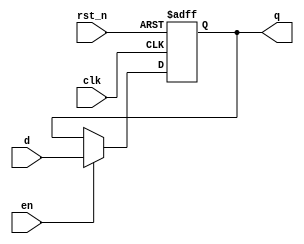
module flip_flop (
    input wire clk,       // Clock input
    input wire rst_n,    // Asynchronous reset (active low)
    input wire en,       // Enable signal
    input wire d,        // Data input
    output reg q         // Data output
);

// Sequential logic using non-blocking assignments
always @(posedge clk or negedge rst_n) begin
    if (!rst_n) begin
        q <= 1'b0; // Asynchronous reset to 0
    end else if (en) begin
        q <= d; // Assign data to output q on clock edge when enabled
    end
    // If not enabled, retain current value of q (implicit due to non-blocking assignment)
end

endmodule